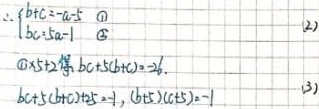
\[
\begin{align*}
&\therefore\begin{cases}
b + c = -a - 5&\textcircled{1}\\
bc = 5a - 1&\textcircled{2}
\end{cases}\\
&\textcircled{1}\times5 + \textcircled{2}\text{得}:bc + 5(b + c)= - 26.\\
&bc + 5(b + c)+25 = - 1,(b + 5)(c + 5)= - 1
\end{align*}
\]